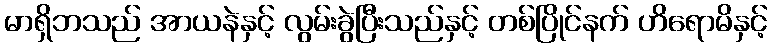
မာရှိဘသည် အာယနဲနှင့် လွမ်းခွဲပြီးသည်နှင့် တစ်ပြိုင်နက် ဟိရောမိနှင့်